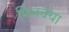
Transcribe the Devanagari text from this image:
पिलक्या